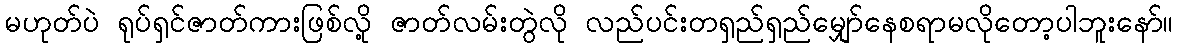
မဟုတ်ပဲ ရုပ်ရှင်ဇာတ်ကားဖြစ်လို့ ဇာတ်လမ်းတွဲလို လည်ပင်းတရှည်ရှည်မျှော်နေစရာမလိုတော့ပါဘူးနော်။